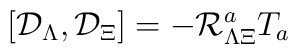
\left[ {\cal D}_\Lambda ,{\cal D}_\Xi \right] = -{\cal R}^a_{\Lambda \Xi  }T_a